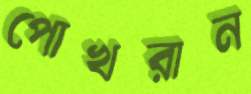
পোখরান